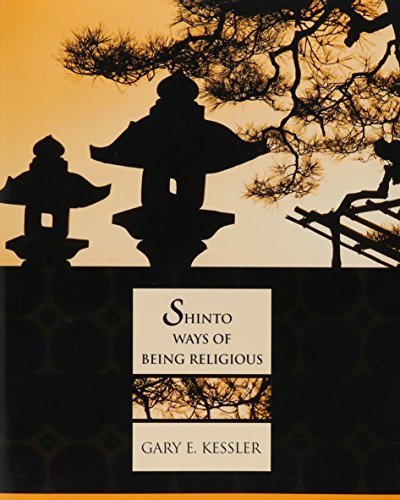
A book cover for Shinto Ways Of Being Religious; Gary E. Kessler; Religion & Spirituality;